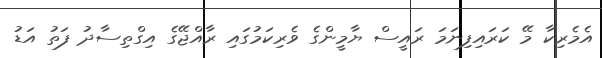
އެމެރިކާ މޭ ކަރައިފިނަމަ ރައީސް ޔާމީންގެ ވެރިކަމުގައި ރާއްޖޭގެ އިގްތިސާދު ފަތު އަޑު